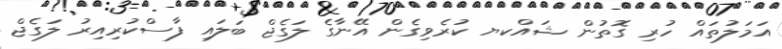
އަމަލުތައް ހުރި ގޮތުން ޝައްކޔ ކުރެވިގެން އޭނާގެ ލަގެޖް ބަލައި ފާސްކުރިއިރު ލަގެޖް